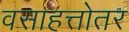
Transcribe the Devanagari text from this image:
वसाहत्तोतर